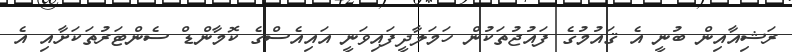
ރަޝިއާއިން ބުނީ އެ ޤައުމުގެ ފައުޖުތަކުން ހަމަލާދީފައިވަނީ އައިއެސްގެ ކޮމާންޑް ސެންޓަރުތަކަށާއި އެ